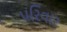
પરિવાર